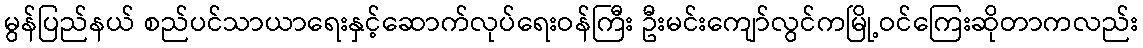
မွန်ပြည်နယ် စည်ပင်သာယာရေးနှင့်ဆောက်လုပ်ရေးဝန်ကြီး ဦးမင်းကျော်လွင်ကမြို့ဝင်ကြေးဆိုတာကလည်း